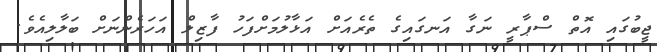
ޖީބުގައި އޮތް ސްޕާރީ ނަގާ އަނގައިގެ ތެރެއަށް އަޅާލުމަށްފަހު ފާޒިލް އަހަރެންނަށް ބަލާލިއެވެ.